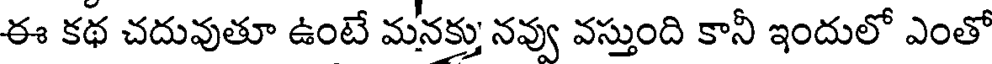
ఈ కథ చదువుతూ ఉంటే మనక్తు నవ్వు వస్తుంది కానీ ఇందులో ఎంతో